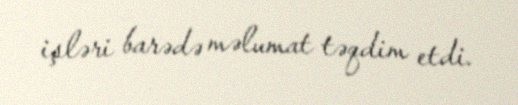
işləri barədə məlumat təqdim etdi.